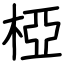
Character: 椏